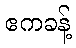
ဧကခန့်